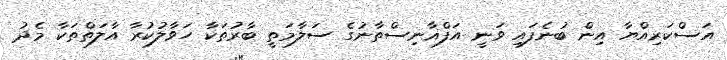
އަސްކަރިއްޔާ އިން ބުނެފައި ވަނީ އަފްޣާނިސްތާނުގެ ސަލާމަތީ ބާރުތަކާ ހަވާލުކުރާ އާލަތްތަކާ މެދު